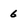
Character: 6